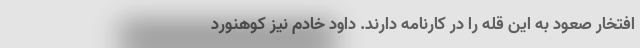
افتخار صعود به این قله را در کارنامه دارند. داود خادم نیز کوهنورد